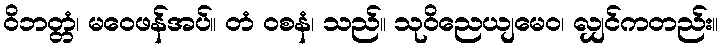
ဝိဘတ္တံ၊ မဝေဖန်အပ်။ တံ ဝစနံ၊ သည်။ သုဝိညေယျမေဝ၊ လျှင်ကတည်း။